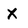
Character: X